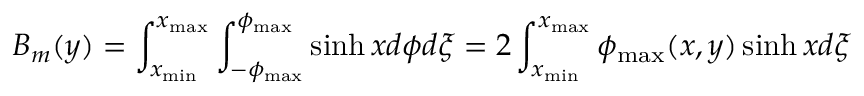
B _ { m } ( y ) = \int _ { x _ { \operatorname* { m i n } } } ^ { x _ { \operatorname* { m a x } } } \int _ { - \phi _ { \operatorname* { m a x } } } ^ { \phi _ { \operatorname* { m a x } } } \sinh x d \phi d \xi = 2 \int _ { x _ { \operatorname* { m i n } } } ^ { x _ { \operatorname* { m a x } } } \phi _ { \operatorname* { m a x } } ( x , y ) \sinh x d \xi